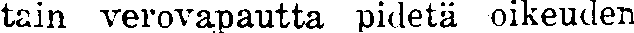
tain verovapautta pidetä oikeuden